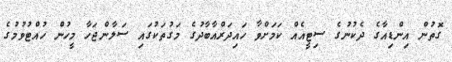
ގޮތުން އިންޑިއާގެ ދެކުނުގެ ސިޓީއެއް ކަމަށްވާ ހައިދަރްއާބާދުގެ މަގުތަކުގައި ސަލާންޖަހާ މީހުން ހުއްޓުވުމުގެ